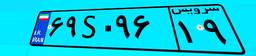
۷۱S۵۱۵۶۷